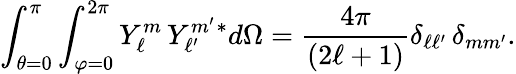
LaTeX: \int_{\theta=0}^{\pi}\int_{\varphi=0}^{2\pi}Y_{\ell}^{m}\, Y_{\ell^{\prime}}^{m^{\prime}}{}^{*}d\Omega={\frac{4\pi}{(2\ell+1)}}\delta_{\ell\ell^{\prime}}\, \delta_{mm^{\prime}}.